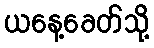
ယနေ့ခေတ်သို့